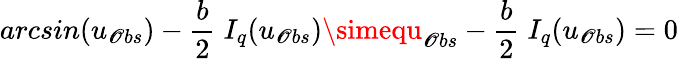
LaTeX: arcsin{(u_{\mathscr{O}bs})}-\frac{{b}}{{2}}\; I_{q}(u_{\mathscr{O}bs})\simequ_{\mathscr{O}bs}-\frac{{b}}{{2}}\; I_{q}(u_{\mathscr{O}bs})=0